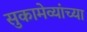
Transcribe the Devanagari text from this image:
सुकामेव्यांच्या